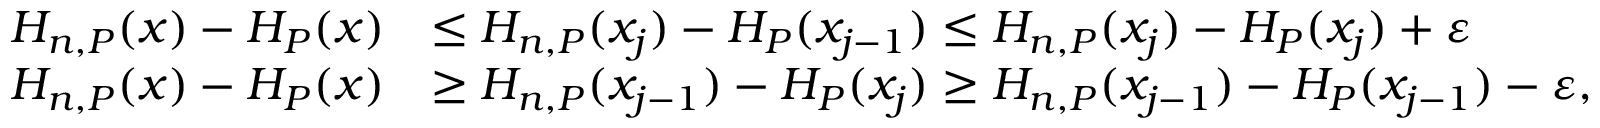
\begin{array} { r l } { H _ { n , P } ( x ) - H _ { P } ( x ) } & { \leq H _ { n , P } ( x _ { j } ) - H _ { P } ( x _ { j - 1 } ) \leq H _ { n , P } ( x _ { j } ) - H _ { P } ( x _ { j } ) + \varepsilon } \\ { H _ { n , P } ( x ) - H _ { P } ( x ) } & { \geq H _ { n , P } ( x _ { j - 1 } ) - H _ { P } ( x _ { j } ) \geq H _ { n , P } ( x _ { j - 1 } ) - H _ { P } ( x _ { j - 1 } ) - \varepsilon , } \end{array}